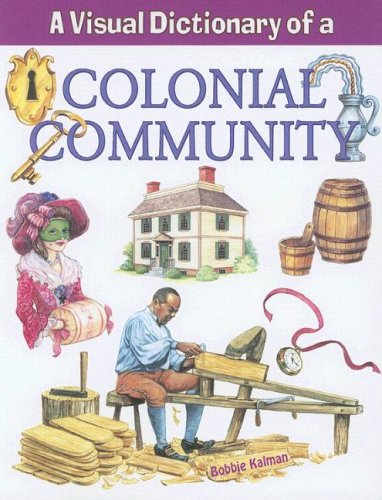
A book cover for A Visual Dictionary of a Colonial Community (Crabtree Visual Dictionaries); Bobbie Kalman; Teen & Young Adult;